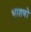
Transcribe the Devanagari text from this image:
भाशणों